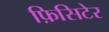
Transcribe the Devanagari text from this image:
फ़िसिटेर